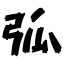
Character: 弧